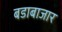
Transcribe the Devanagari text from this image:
बडाबाजार